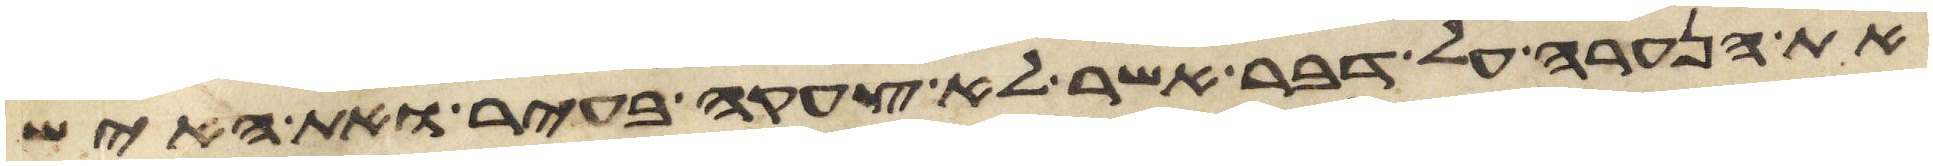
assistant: את הנערה על דבר אשר לא צעקה בעיר ואת האיש